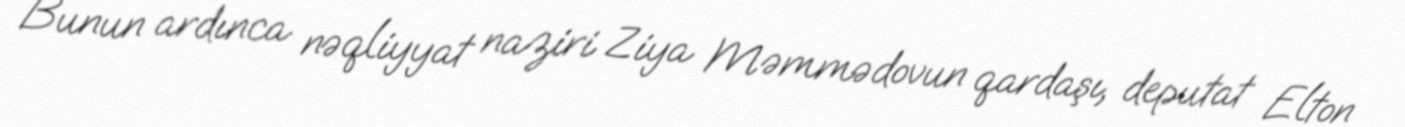
Bunun ardınca nəqliyyat naziri Ziya Məmmədovun qardaşı, deputat Elton